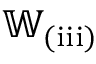
\mathbb { W } _ { \mathrm { ( i i i ) } }